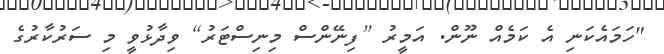
"ހަމައެކަނި އެ ކަމެއް ނޫން. އަމީރު [ފިނޭންސް މިނިސްޓަރު] ވިދާޅުވީ މި ސަރުކާރުގެ